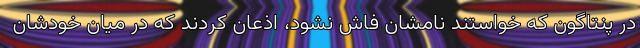
در پنتاگون که خواستند نامشان فاش نشود، اذعان کردند که در میان خودشان